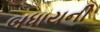
બધાયની